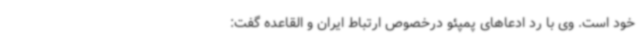
خود است‌. وی با رد ادعاهای پمپئو درخصوص ارتباط ایران و القاعده گفت: